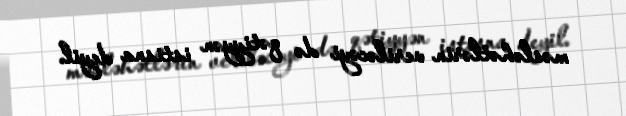
məsləhətlərin veriləcəyi də qətiyyən istisna deyil.